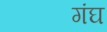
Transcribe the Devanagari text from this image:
गंघ